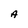
Character: A